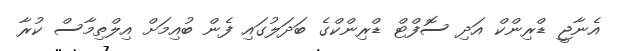
އެނާޖީ ޑްރިންކް އަދި ސޮފްޓް ޑްރިންކްގެ ބަދަލުގައި ފެން ބުއިމަށް އިލްތިމާސް ކުރާ